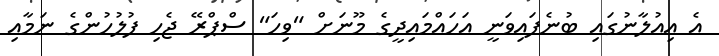
އެ އިއުލާނުގައި ބުނެފައިވަނީ އަހައްމައިދީގެ މޫނަށް "ވިހަ" ސްޕްރޭ ޖެހި ފުލުހުންގެ ނަމާއި